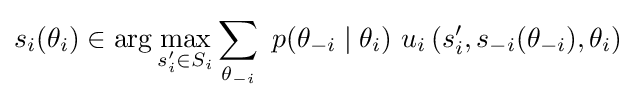
s_{i}(\theta _{i})\in \arg \max _{s'_{i}\in S_{i}}\sum _{\theta _{-i}}\ p(\theta _{-i}\mid \theta _{i})\ u_{i}\left(s'_{i},s_{-i}(\theta _{-i}),\theta _{i}\right)